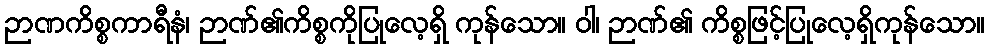
ဉာဏကိစ္စကာရီနံ၊ ဉာဏ်၏ကိစ္စကိုပြုလေ့ရှိ ကုန်သော။ ဝါ၊ ဉာဏ်၏ ကိစ္စဖြင့်ပြုလေ့ရှိကုန်သော။